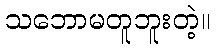
သဘောမတူဘူးတဲ့။